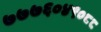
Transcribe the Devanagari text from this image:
७७७६०४९०८८